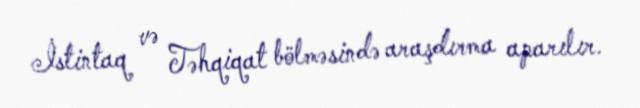
İstintaq və Təhqiqat bölməsində araşdırma aparılır.